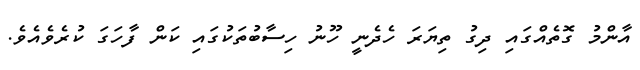
އާންމު ގޮތެއްގައި ދިގު ތިޔަރަ ހެދެނީ ހޫނު ހިސާބުތަކުގައި ކަން ފާހަގަ ކުރެވެއެވެ.